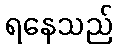
ရနေသည်